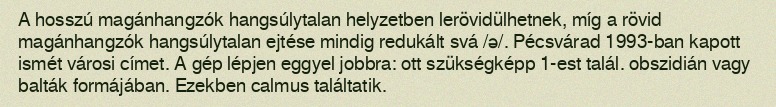
A hosszú magánhangzók hangsúlytalan helyzetben lerövidülhetnek, míg a rövid magánhangzók hangsúlytalan ejtése mindig redukált svá /ə/. Pécsvárad 1993-ban kapott ismét városi címet. A gép lépjen eggyel jobbra: ott szükségképp 1-est talál. obszidián vagy balták formájában. Ezekben calmus találtatik.